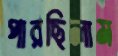
পারছিলাম